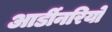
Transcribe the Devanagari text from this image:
आर्डीनरियो